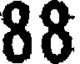
88